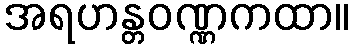
အရဟန္တဝဏ္ဏကထာ။